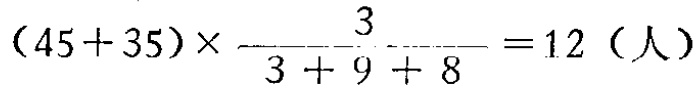
\((45 + 35)\times\frac{3}{3 + 9 + 8}=12（人）\)